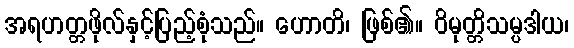
အရဟတ္တဖိုလ်နှင့်ပြည့်စုံသည်။ ဟောတိ၊ ဖြစ်၏။ ဝိမုတ္တိသမ္ပဒါယ၊